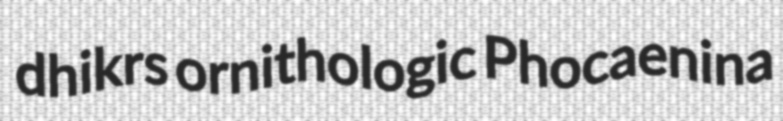
dhikrs ornithologic Phocaenina